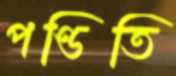
পণ্ডিতি